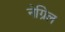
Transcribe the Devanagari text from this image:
नेग्रिल